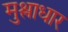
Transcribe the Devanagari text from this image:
मुश्लाधार